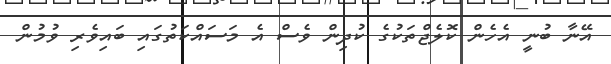
އޭނާ ބުނީ އެހެން ކޮލެޖްތަކުގެ ކުދިން ވެސް އެ މަސައްކަތުގައި ބައިވެރި ވުމުން